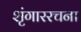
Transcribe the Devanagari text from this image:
शृंगाररचना